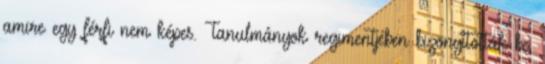
amire egy férfi nem képes. Tanulmányok regimentjében bizonyították be,